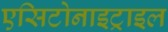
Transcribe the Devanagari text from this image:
एसिटोनाइट्राइल